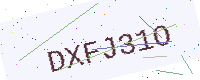
Text: DXFJ31O